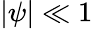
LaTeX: |\psi|\ll 1